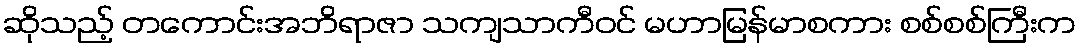
ဆိုသည့် တကောင်းအဘိရာဇာ သကျသာကီဝင် မဟာမြန်မာစကား စစ်စစ်ကြီးက